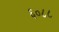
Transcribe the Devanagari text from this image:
६०८८